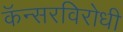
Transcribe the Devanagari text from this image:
कॅन्सरविरोधी